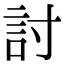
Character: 討